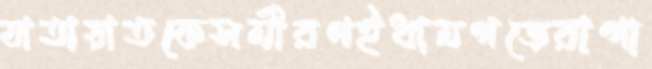
যাতায়াতকেসমীরণইধামগড়েরাগা